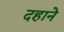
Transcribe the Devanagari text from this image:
दहाने